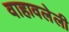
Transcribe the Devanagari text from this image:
वाहावलेली